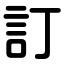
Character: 訂